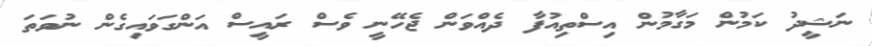
ނަޝީދު ކަމުން މަގާމުން އިސްތިއުފާ ދެއްވަން ޖެހޭނީ ވެސް ރައީސް އަންގަވައިގެން ނުވަތަ